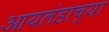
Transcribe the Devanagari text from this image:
आयलंडाच्या